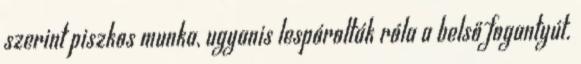
szerint piszkos munka, ugyanis lespórolták róla a belső fogantyút.